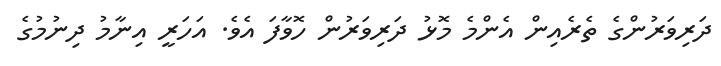
ދަރިވަރުންގެ ތެރެއިން އެންމެ މޮޅު ދަރިވަރުން ހޮވާފަ އެވެ. އަހަރީ އިނާމު ދިނުމުގެ